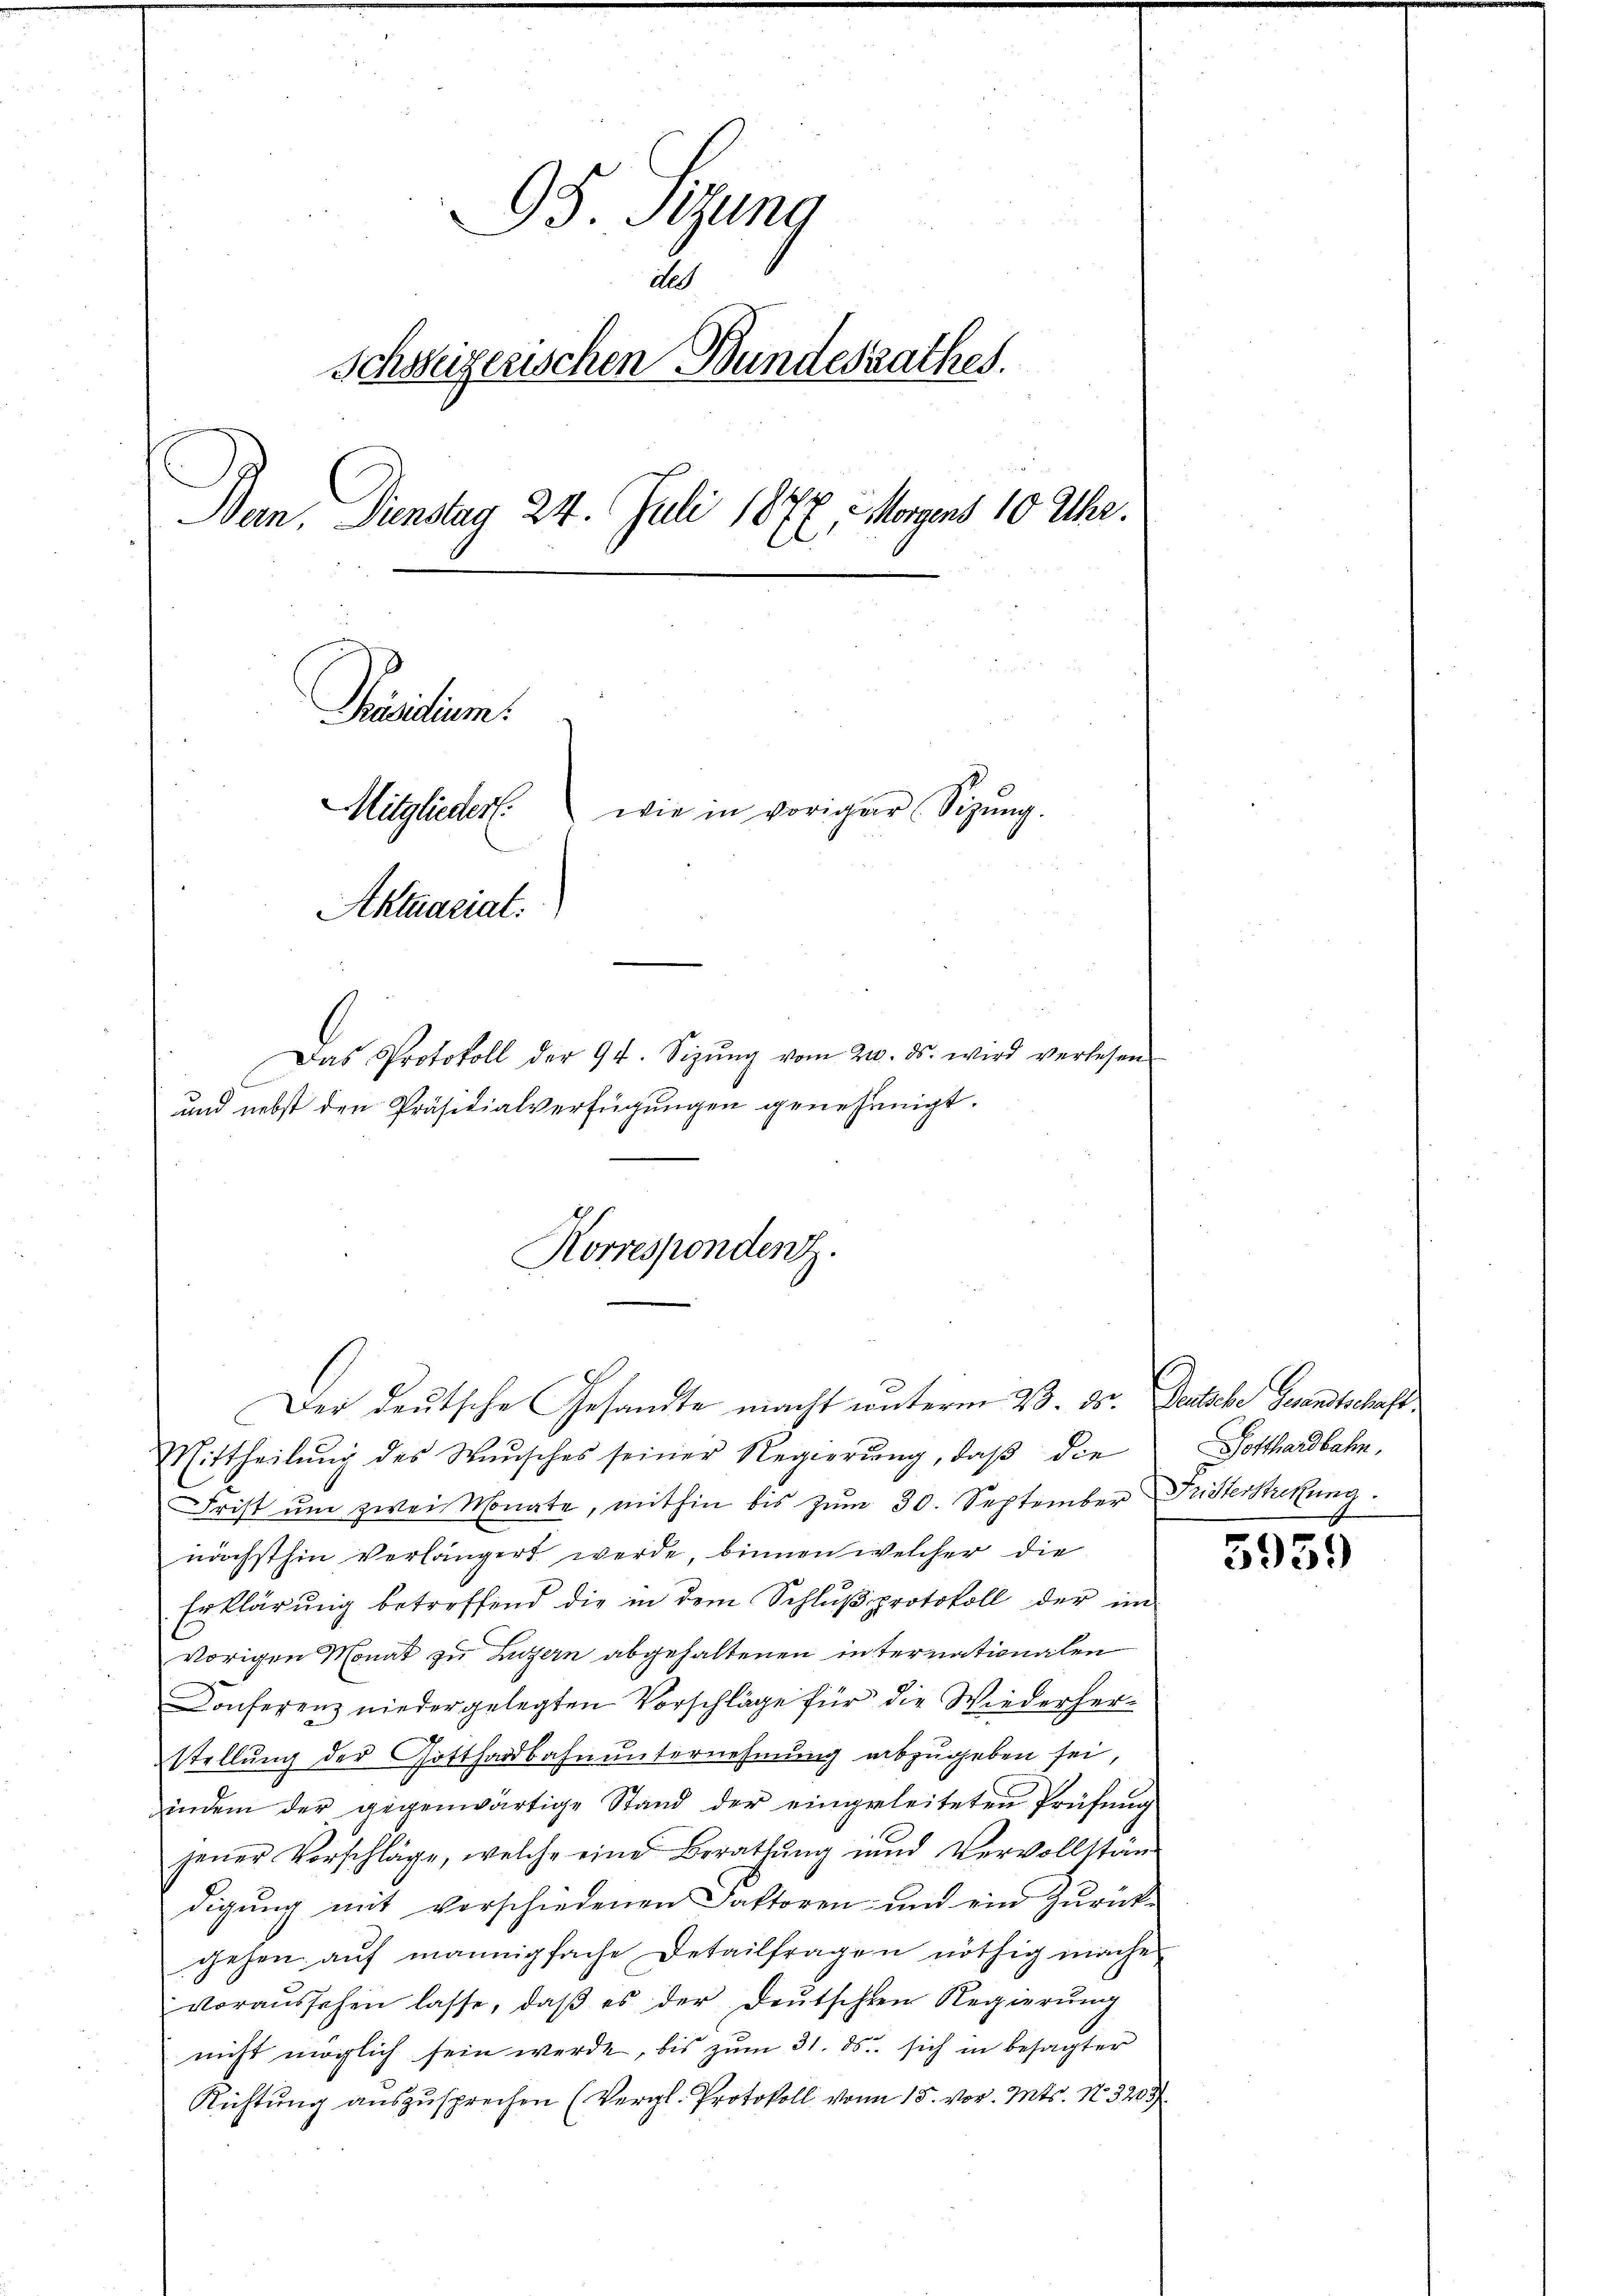
95. Sitzung
2
Schweizerischen Bundesrathes.
Ban. Dienstag 24. Juli 1872, Morgens 10 Uhr.
Präsidium.
Mitglieder wie in voriger Sitzŭng.
Aktuariat.
Das Protokoll der 94. Sizŭng vom 20. ds. wird verlesen
und nebst den Präsidialverfügungen genehmigt.

Der deutsche Gesandte macht unterm 23. ds. Deliebe Gesandtschaft.
Mittheilŭng des Waŭsches seiner Regierŭng, daβ die
Frist um zwei Monate, mithin bis zŭm 30. September Fristerstretung.
nächsthin verlängert werde, binnen welcher die
Erklärŭng betreffend die in dem Schlŭβ protokoll der im
vorigen Monat zu Luzern abgehaltenen internationalen
Conferenz niedergelegten Vorschläge für die Wiederherstellung der Gotthardbahnunternehmung abzugeben sei,
indem der gegenwärtige Stand der eingeleiteten Prüfung
jener Vorschläge, welche eine Berathŭng und Vervollstän-
digung mit verschiedenen Faktoren und ein Zurückgehen auf mannigfache Detailfragen nöthig mache.
voraussehen lasse, daβ es der deŭtschen Regierŭng
nicht möglich sein werde, bis zŭm 31. ds. sich in besagter
Richtung auszusprechen (Vergl. Protokoll von 15. vor. Mts. 13203/

Korrespondenz.

Potthardbahn,

5939